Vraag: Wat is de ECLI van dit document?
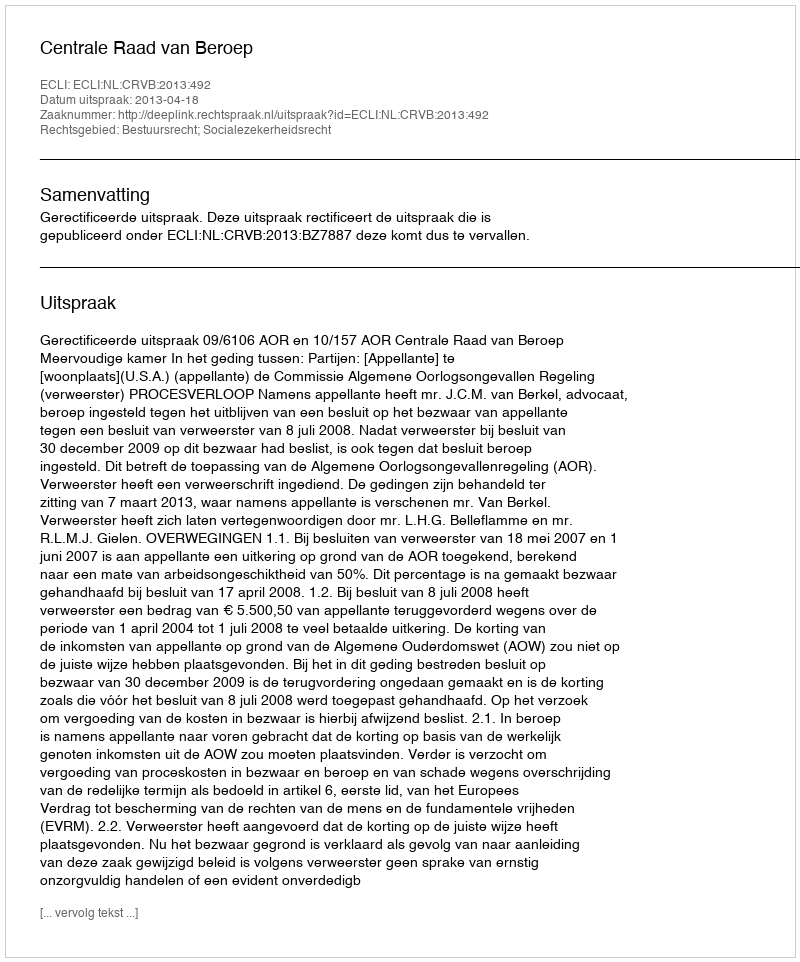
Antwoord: ECLI:NL:CRVB:2013:492